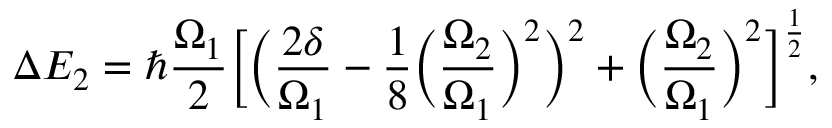
\Delta E _ { 2 } = \hbar \frac { \Omega _ { 1 } } { 2 } \Big [ \Big ( \frac { 2 \delta } { \Omega _ { 1 } } - \frac { 1 } { 8 } \Big ( \frac { \Omega _ { 2 } } { \Omega _ { 1 } } \Big ) ^ { 2 } \Big ) ^ { 2 } + \Big ( \frac { \Omega _ { 2 } } { \Omega _ { 1 } } \Big ) ^ { 2 } \Big ] ^ { \frac { 1 } { 2 } } ,